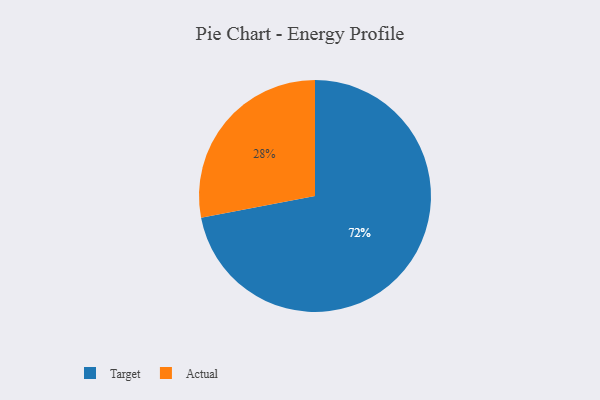
{"axis": {"x": "Category", "y": "Percentage"}, "legend": ["Actual", "Target"], "data": [{"x": "Target", "y": 72, "type": "Target"}, {"x": "Actual", "y": 28, "type": "Actual"}]}